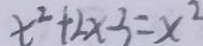
x ^ { 2 } + 2 x - 3 = x ^ { 2 }